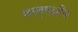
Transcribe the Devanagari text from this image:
मातृपक्षीय